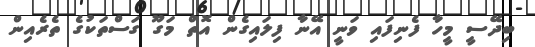
ބިދޭސީ މީހާ ފެނިފައި ވަނީ އޭނާ ފިލައިގެން އޮތް މަގޫ ގަސްތަކުގެ ތެރެއިން